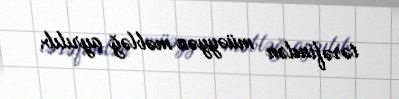
tərəfindən müəyyən məbləğ ayrılıb.